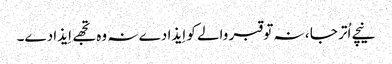
نیچے اُتر جا ، نہ تو قبر والے کو اِیذا دے نہ وہ تجھے اِیذا دے۔